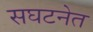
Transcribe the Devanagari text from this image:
सघटनेत